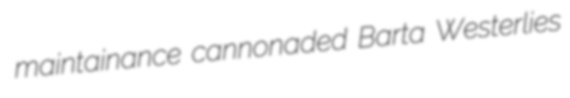
maintainance cannonaded Barta Westerlies